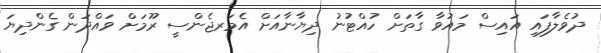
ދުވެލާފައި އައިސް މައުވާ ގާތަށް ހުއްޓުނު ދިޔާނާއަށް އެމަރޖެންސީ ރޫމަށް ވައްދަން ގެންދިޔަ